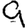
Digit: 9